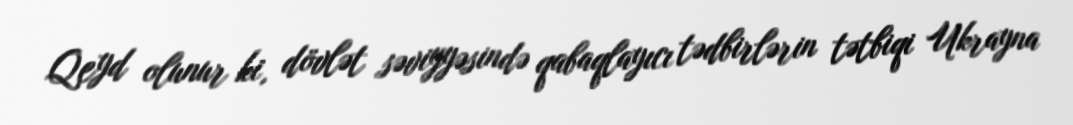
Qeyd olunur ki, dövlət səviyyəsində qabaqlayıcı tədbirlərin tətbiqi Ukrayna